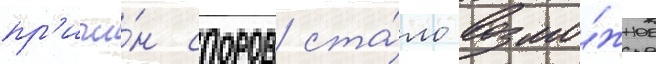
пр'ичи́н споров ста́ло возмо́жное